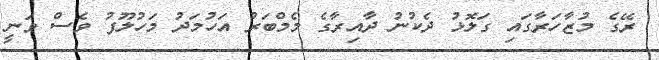
ރޭގެ މުޒާހަރާގައި ގަލޮޅު ދެކުނު ދާއިރާގެ މެމްބަރު އަހުމަދު މަހުލޫފު ވެސް ވަނީ